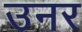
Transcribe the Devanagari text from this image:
उनर